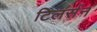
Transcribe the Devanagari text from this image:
टिलर्सन